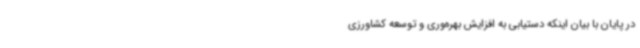
در پایان با بیان اینکه دستیابی به افزایش بهره‌وری و توسعه کشاورزی